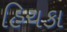
હિચકા